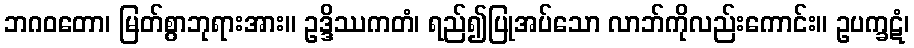
ဘဂဝတော၊ မြတ်စွာဘုရားအား။ ဥဒ္ဒိဿကတံ၊ ရည်၍ပြုအပ်သော လာဘ်ကိုလည်းကောင်း။ ဥပက္ခဋံ၊